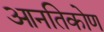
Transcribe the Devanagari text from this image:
आनतिकोण